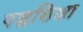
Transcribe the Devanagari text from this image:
पद्धशिक्षा